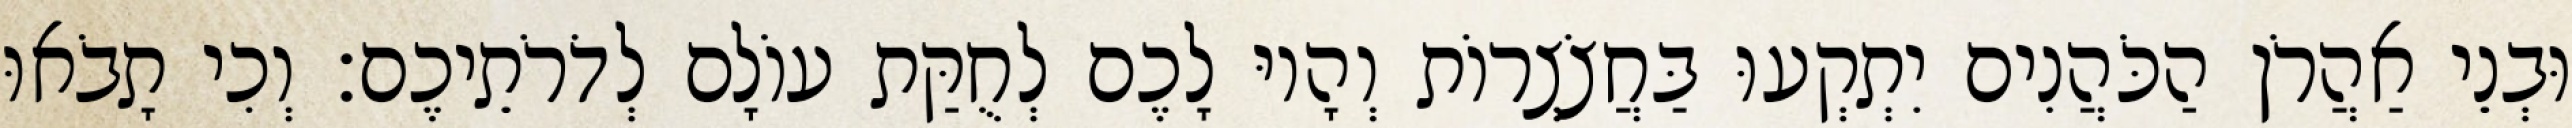
וּבְנֵי אַהֲרֹן הַכֹּהֲנִים יִתְקְעוּ בַּחֲצֹצְרוֹת וְהָיוּ לָכֶם לְחֻקַּת עוֹלָם לְדֹרֹתֵיכֶם׃ וְכִי תָבֹאוּ